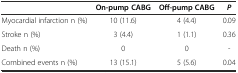
|  | On-pump CABG | Off-pump CABG | P |
 | --- | --- | --- | --- |
 | Myocardial infarction n (%) | 10 (11.6) | 4 (4.4) | 0.09 |
 | Stroke n (%) | 3 (4.4) | 1 (1.1) | 0.36 |
 | Death n (%) | 0 | 0 | - |
 | Combined events n (%) | 13 (15.1) | 5 (5.6) | 0.04 |